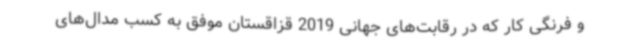
و فرنگی کار که در رقابت‌های جهانی 2019 قزاقستان موفق به کسب مدال‌های